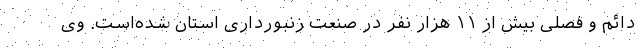
دائم و فصلی بیش از ۱۱ هزار نفر در صنعت زنبورداری استان شده‌است. وی